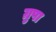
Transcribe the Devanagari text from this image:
ग्रुपा